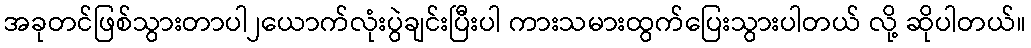
အခုတင်ဖြစ်သွားတာပါ၂ယောက်လုံးပွဲချင်းပြီးပါ ကားသမားထွက်ပြေးသွားပါတယ် လို့ ဆိုပါတယ်။